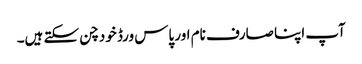
آپ اپنا صارف نام اور پاس ورڈ خود چن سکتے ہیں۔